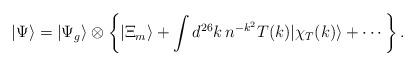
LaTeX: \begin{align*}|\Psi\rangle=|\Psi_g\rangle\otimes\left\{|\Xi_m\rangle +\int d^{26}k \, n^{-k^2}T(k)|\chi_T(k)\rangle+\cdots\right\} .\end{align*}